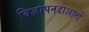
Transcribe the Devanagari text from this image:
विज्ञापनदाआतों